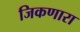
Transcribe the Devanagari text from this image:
जिकणारा